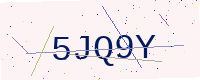
Text: 5JQ9Y